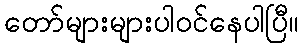
တော်များများပါဝင်နေပါပြီ။